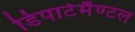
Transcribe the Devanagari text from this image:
डिपार्टमैण्टल